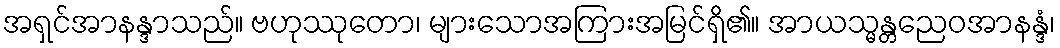
အရှင်အာနန္ဒာသည်။ ဗဟုဿုတော၊ များသောအကြားအမြင်ရှိ၏။ အာယသ္မန္တညေဝအာနန္ဒံ၊